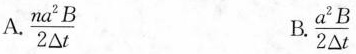
A.\frac{na^{2}B}{2 \Delta t} B.\frac{a^{2}B}{2 \Delta t}